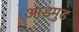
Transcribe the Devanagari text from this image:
आडमुड